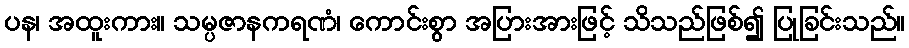
ပန၊ အထူးကား။ သမ္ပဇာနကရဏံ၊ ကောင်းစွာ အပြားအားဖြင့် သိသည်ဖြစ်၍ ပြုခြင်းသည်။